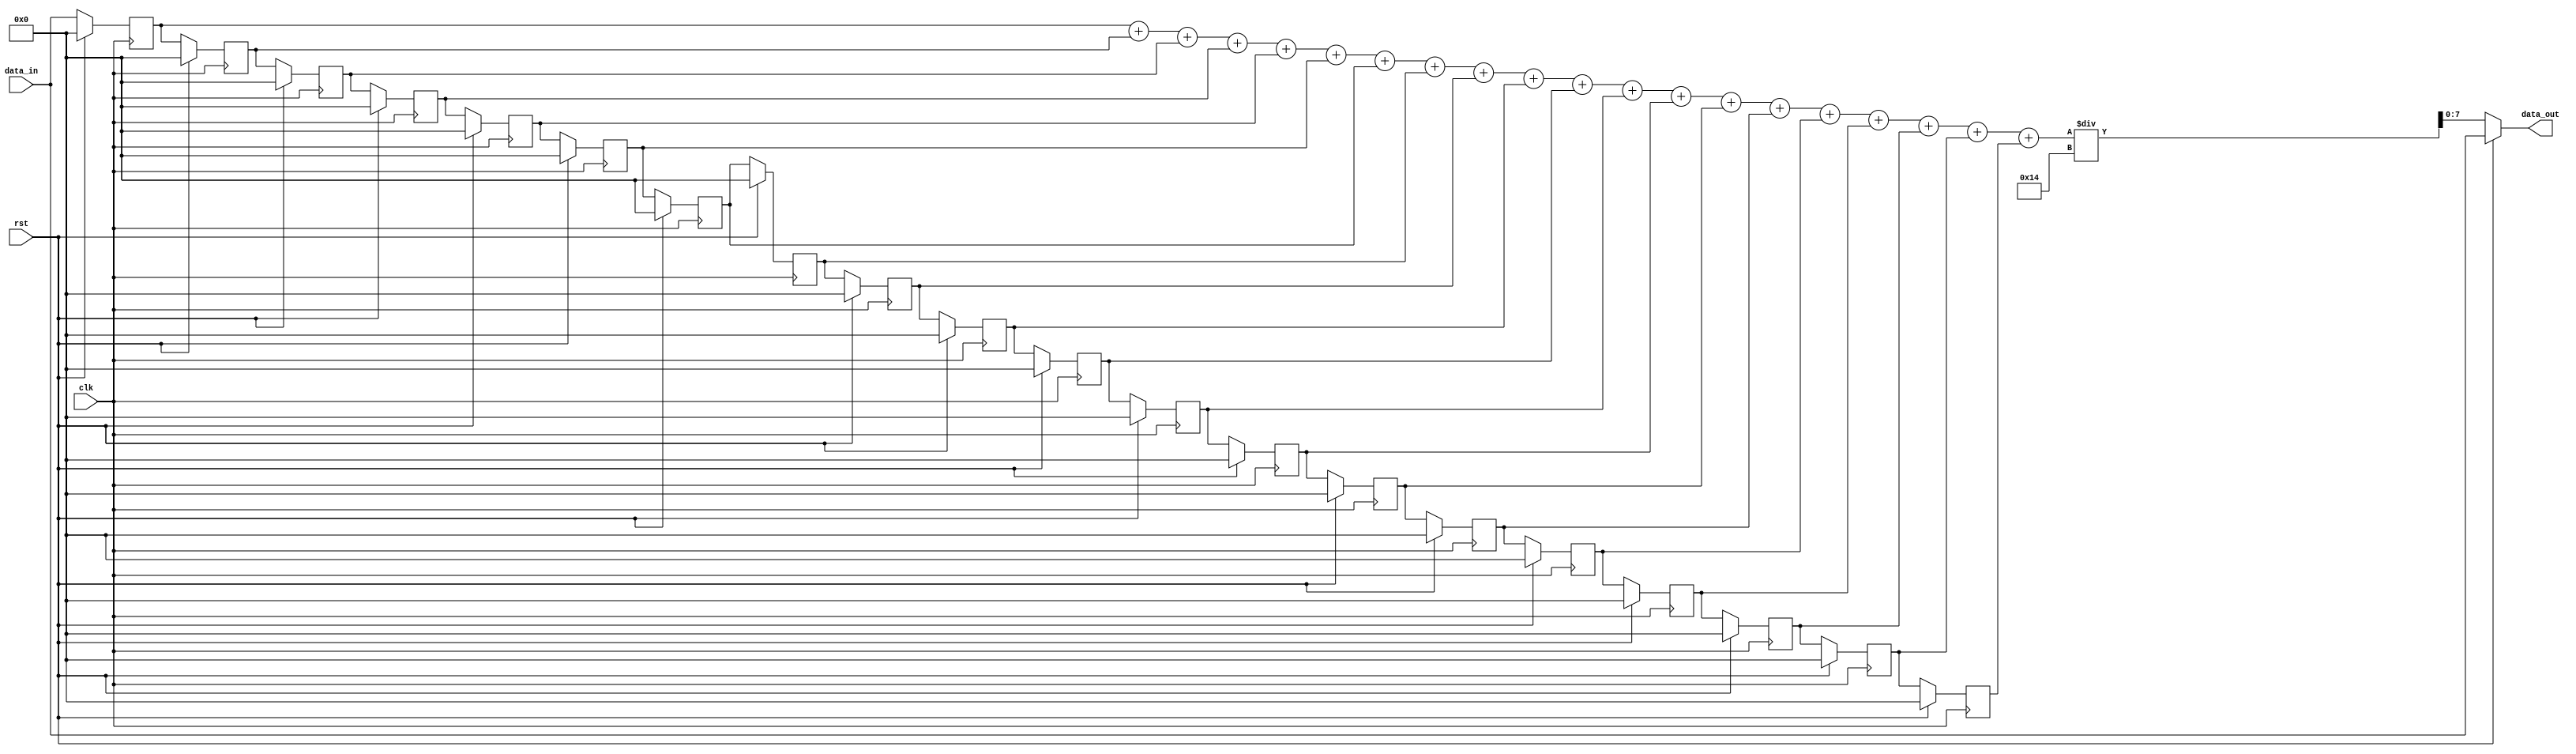
module  MEDIAN_FILTER(
  input clk,
  input rst,
	input	     [7:0]            data_in,
	output	     [7:0]            data_out
);
parameter WINDOW_SIZE = 20;
reg [7:0] data[0:WINDOW_SIZE-1];
integer i;
initial begin
	for(i=0;i<WINDOW_SIZE;i=i+1) begin
        data[i]=0;
    end
    i=0;
end
reg [15:0]sum=0;
integer j;
always @ (*)
begin
  // for(i=0;i<WINDOW_SIZE;i=i+1) begin
  //     sum=sum+data[i];
  //   end
sum=data[0]+data[1]+data[2]+data[3]+data[4]+data[5]+data[6]+data[7]+data[8]+data[9]+
data[10]+data[11]+data[12]+data[13]+data[14]+data[15]+data[16]+data[17]+data[18]+data[19];
end

assign data_out=rst ? data_in : sum/WINDOW_SIZE;

always@(posedge clk)
begin
  if(rst==0) begin
    data[0]<=data_in;
  	for(j=1;j<WINDOW_SIZE;j=j+1) begin
      data[j]<=data[j-1];
    end
  end
  else begin
    for(j=0;j<WINDOW_SIZE;j=j+1) begin
      data[j]<=0;
    end
  end
end


endmodule